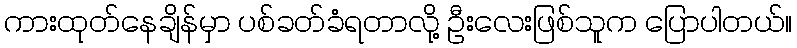
ကားထုတ်နေချိန်မှာ ပစ်ခတ်ခံရတာလို့ ဦးလေးဖြစ်သူက ပြောပါတယ်။